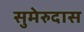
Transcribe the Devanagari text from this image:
सुमेरुदास